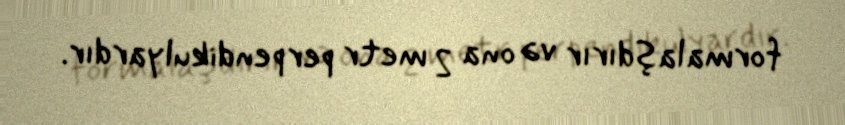
formalaşdırır və ona 2 metr perpendikulyardır.